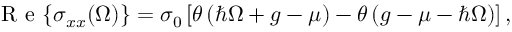
\mathrm { ~ R ~ e ~ } { \left\{ \sigma _ { x x } ( \Omega ) \right\} } = \sigma _ { 0 } \left[ \theta \left( \hbar \Omega + g - \mu \right) - \theta \left( g - \mu - \hbar \Omega \right) \right] ,